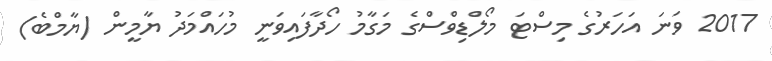
2017 ވަނަ އަހަރުގެ މިސްޓަ މޯލްޑިވްސްގެ މަގާމު ހޯދާފައިވަނީ މުހައްމަދު ޔާމީން (ޔާމްބެ)